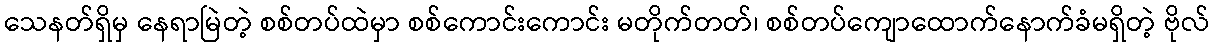
သေနတ်ရှိမှ နေရာမြဲတဲ့ စစ်တပ်ထဲမှာ စစ်ကောင်းကောင်း မတိုက်တတ်၊ စစ်တပ်ကျောထောက်နောက်ခံမရှိတဲ့ ဗိုလ်